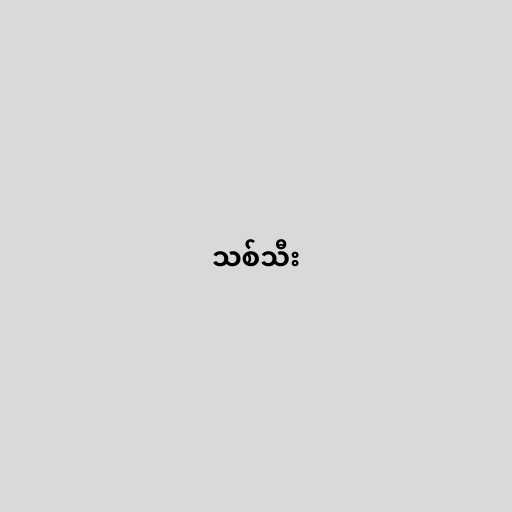
သစ်သီး